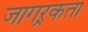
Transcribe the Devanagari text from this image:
जागऱ्रकता